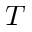
T